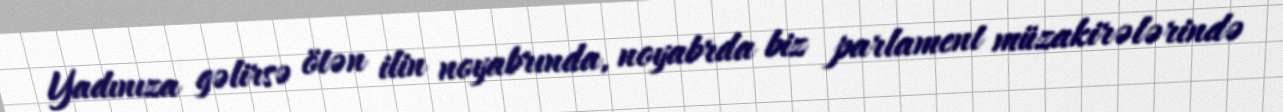
Yadınıza gəlirsə ötən ilin noyabrında, noyabrda biz parlament müzakirələrində